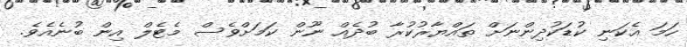
ހަމަ އެކަނި ކުޑަކުދިންނަށް ތައްޔާރުކުރާ ބުދެއް ނޫން ކަމަށްވެސް މެޓެލް އިން ބުނެއެވެ.